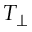
T _ { \perp }